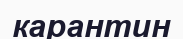
карантин